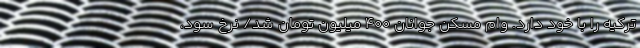
ترکیه را با خود دارد. وام مسکن جوانان ۴۰۰ میلیون تومان شد/ نرخ سود،